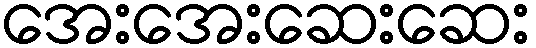
အေးအေးဆေးဆေး